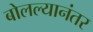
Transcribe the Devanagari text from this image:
बोलल्यानंतर